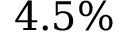
4 . 5 \%